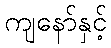
ကျနော်နှင့်